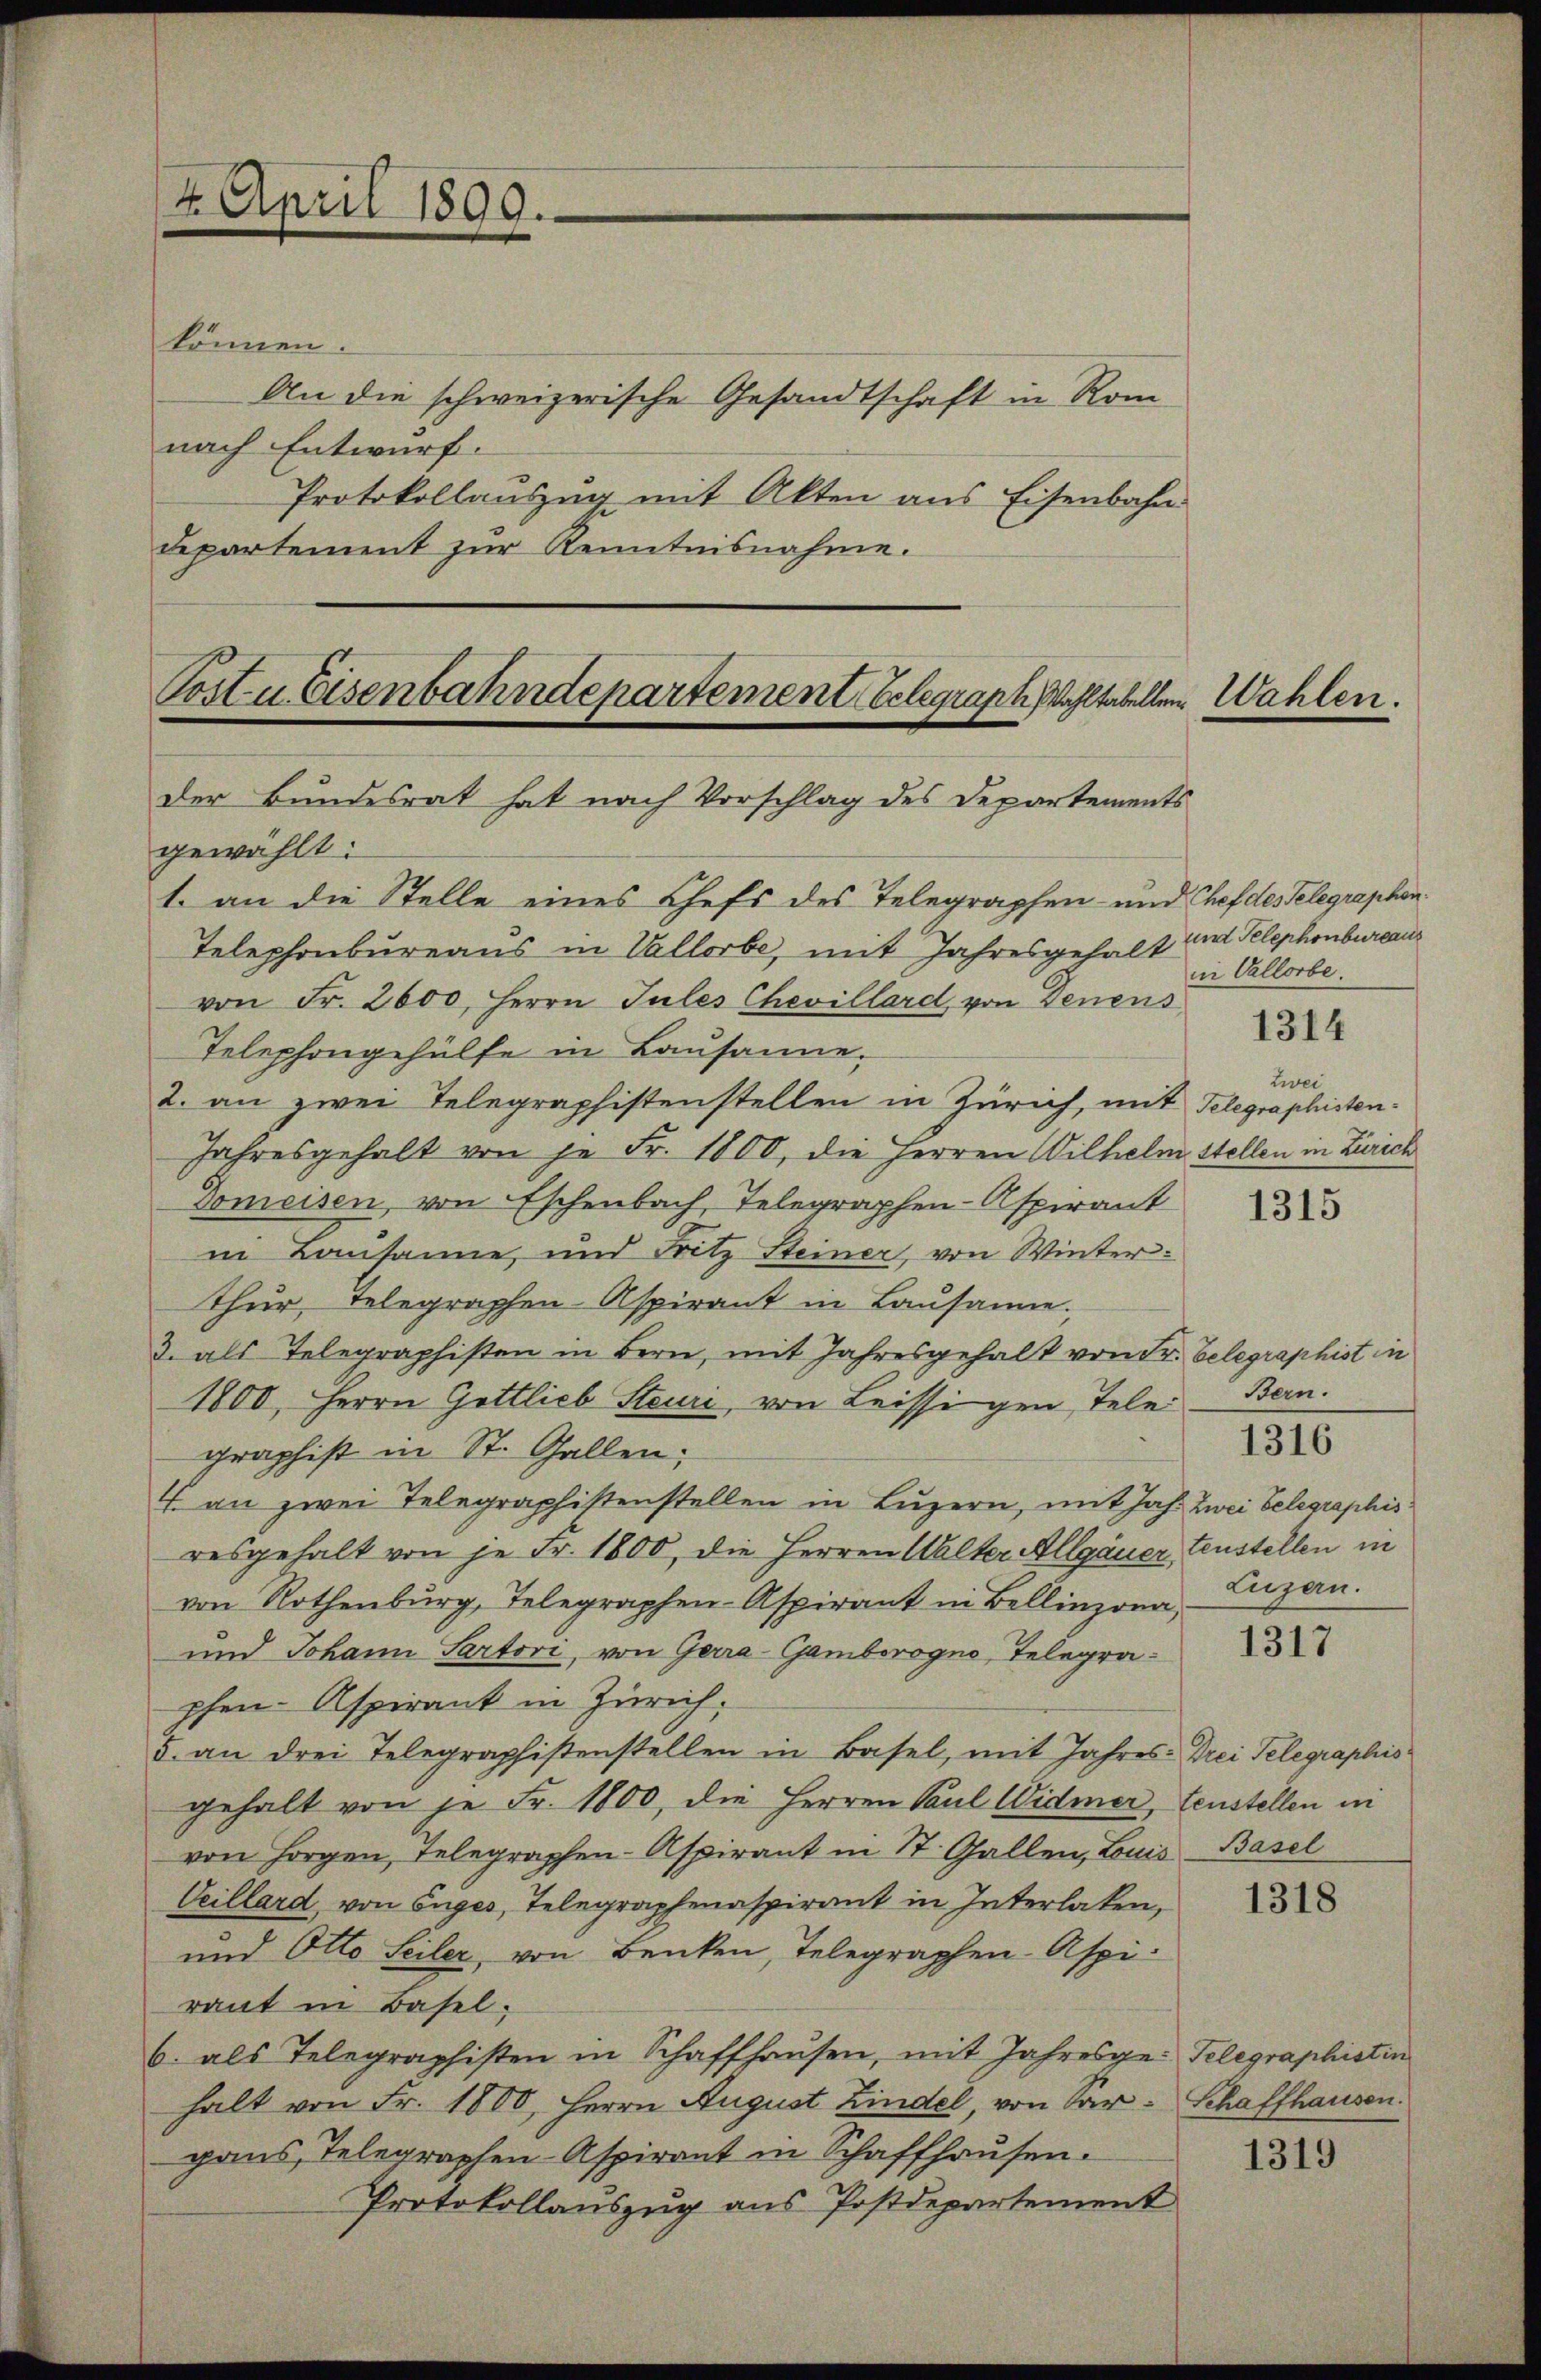
4. April 1890.

können.
An die schweizerische Gesandtschaft in Rom
nach Entwurf.
Protokollauszug mit Akten aus Eisenbahn.
departement zŭr Kenntnisnahme.

Post u. Eisenbahndepartement belegraph Wahltabellen
Der Bundesrat hat nach Vorschlag des Departements

gewählt:
1. an die Stelle eines Chefs des Telegraphen- und Chef des Telegraphen¬
Telephonbureaus in Vallorbe, mit Jahresgehalt und Telephonbureaus
von Fr. 2600, Herrn Jules Chevillard von Denens
Telephongehülfe in Lausanne.
2. an zwei Telegraphistenstellen in Zürich, mit Telegraphisten¬
Jahresgehalt von je Fr. 1800, die Herren Wilhelm Stellen in Zürich
Domeisen, von Eschenbach, Telegraphen- Aspirant
in Lausane, und Fritz Steiner, von Winterthur, Telegraphen Aspirant in Lausanne.
3. als Telegraphisten in Bern, mit Jahresgehalt von Fr. belegraphist in
1800, Herrn Gottlieb Steuri, von Leissigen Tele
graphist in St. Gallen;
1. an zwei Telegraphistenstellen in Luzern, mit Joh. Zwei Gelegraphis
resgehalt von je Fr. 1800, die Herren Walter Allgauer, Fenstellen in
von Rothenbŭrg, Telegraphen-Aspirant in Bellinzona, Luzern.
und Johann Sartori, von Gerra-Gamborogno, Telegrapfen- Aspirant in Zürich.
5. an drei Telegraphistenstellen in Basel, mit Jahres-Drei Telegraphis
gehalt von je Fr. 1800, die Herren Paul Widmer, Fenstellen in
von Horgen, Telegraphen-Aspirant in St. Gallen, Louis Basel
Veillard von Enges, Telegraphenaspirant in Interlaken,
und Otto Seiler, von Benken, Telegraphen- Aspiraut in Basel.
b. als Telegraphisten in Schaffhausen, mit Jahresge- Telegraphistin
halt von Fr. 1800, Herrn August Kindel, von Sar-Schaffhausen.
gaus, Telegraphen- Aspirant in Schaffhausen.
Protokollauszug aus Postdepartement

Wahlen.

in Vallorbe

1314

Zwei

1315

Stern.

1316

1317

1318

1319